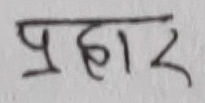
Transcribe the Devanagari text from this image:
प्रहार